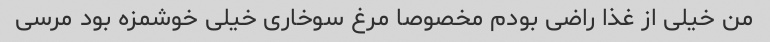
من خیلى از غذا راضى بودم مخصوصا مرغ سوخارى خیلى خوشمزه بود مرسى